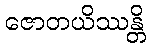
ဇောတယိဿန္တိ